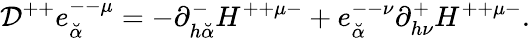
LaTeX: {\cal D}^{++}e_{\breve{\alpha}}^{--\mu}=-\partial_{h{\breve{\alpha}}}^{-}H^{++\mu-}+e_{\breve{\alpha}}^{--\nu}\partial_{h\nu}^{+}H^{++\mu-}.